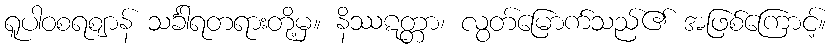
ရူပါဝစရဈာန် သင်္ခါရတရားတို့မှ။ နိဿဋတ္တာ၊ လွတ်မြောက်သည်၏ အဖြစ်ကြောင့်။